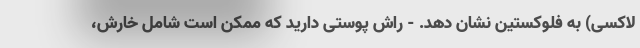
لاکسی) به فلوکستین نشان دهد. - راش پوستی دارید که ممکن است شامل خارش،